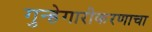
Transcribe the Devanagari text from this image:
गुन्हेगारीकरणाचा